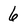
Character: 6